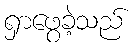
ရှာဖွေခဲ့သည်